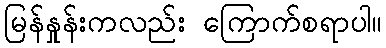
မြန်နှုန်းကလည်း ကြောက်စရာပါ။